Annual report on the Civil Veterinary Department, Burma (including the Insein Veterinary School) - 1932-1941
Year: 1932
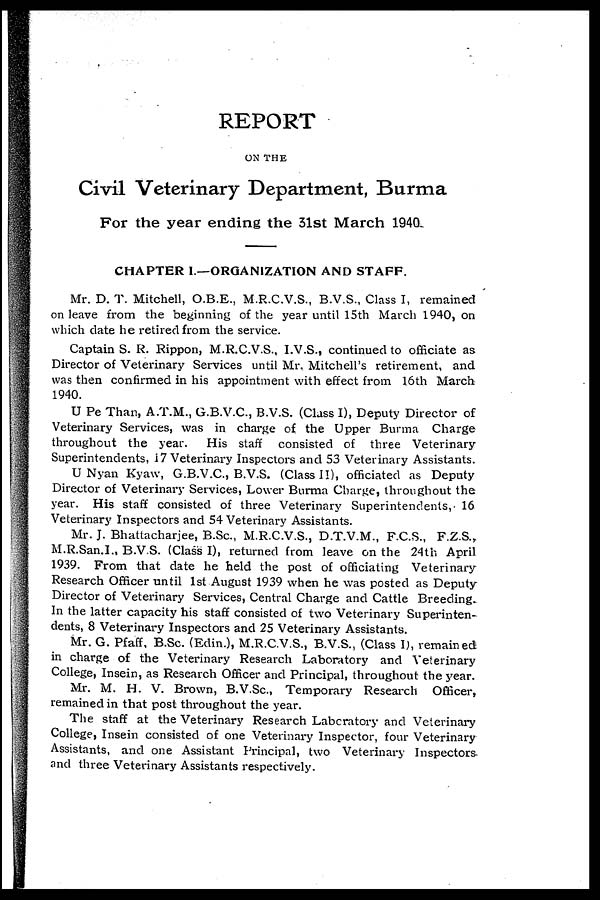
REPORT
ON THE
Civil Veterinary Department, Burma
For the year ending the 31st March 1940.
CHAPTER I.—ORGANIZATION AND STAFF.
Mr. D. T. Mitchell, O.B.E., M.R.C.V.S., B.V.S., Class I, remained
on leave from the beginning of the year until 15th March 1940, on
which date he retired from the service.
Captain S. R. Rippon, M.R.C.V.S., I.V.S., continued to officiate as
Director of Veterinary Services until Mr. Mitchell's retirement, and
was then confirmed in his appointment with effect from 16th March
1940.
U Pe Than, A.T.M., G.B.V.C., B.V.S. (Class I), Deputy Director of
Veterinary Services, was in charge of the Upper Burma Charge
throughout the year.
His staff consisted of three Veterinary
Superintendents, 17 Veterinary Inspectors and 53 Veterinary Assistants.
U Nyan Kyaw, G.B.V.C., B.V.S. (Class II), officiated as Deputy
Director of Veterinary Services, Lower Burma Charge, throughout the
year. His staff consisted of three Veterinary Superintendents, 16
Veterinary Inspectors and 54 Veterinary Assistants.
Mr. J. Bhattacharjee, B.Sc., M.R.C.V.S., D.T.V.M., F.C.S., F.Z.S.,
M.R.San.I., B.V.S. (Class I), returned from leave on the 24th April
1939. From that date he held the post of officiating Veterinary
Research Officer until 1st August 1939 when he was posted as Deputy
Director of Veterinary Services, Central Charge and Cattle Breeding.
In the latter capacity his staff consisted of two Veterinary Superinten-
dents, 8 Veterinary Inspectors and 25 Veterinary Assistants.
Mr. G. Pfaff, B.Sc. (Edin.), M.R.C.V.S., B.V.S., (Class I), remained
in charge of the Veterinary Research Laboratory and Veterinary
College, Insein, as Research Officer and Principal, throughout the year.
Mr. M. H. V. Brown, B.V.Sc., Temporary Research Officer,
remained in that post throughout the year.
The staff at the Veterinary Research Laboratory and Veterinary
College, Insein consisted of one Veterinary Inspector, four Veterinary
Assistants, and one Assistant Principal, two Veterinary Inspectors,
and three Veterinary Assistants respectively.